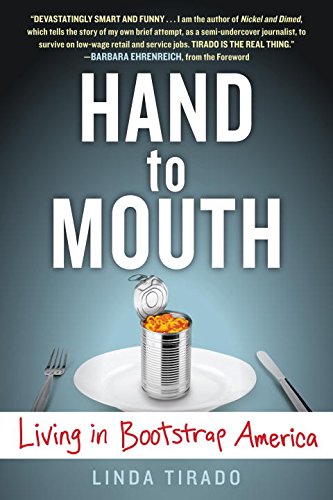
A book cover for Hand to Mouth: Living in Bootstrap America; Linda Tirado; Politics & Social Sciences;